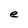
Character: e